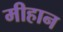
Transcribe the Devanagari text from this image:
मीहान